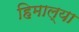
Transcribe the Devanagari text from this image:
हिमाल्या